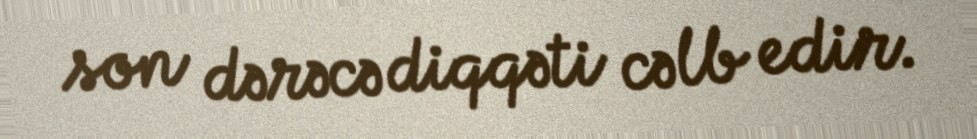
son dərəcə diqqəti cəlb edir.